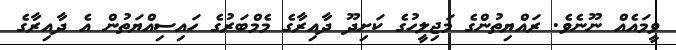
ވީމައެއް ނޫނެވެ. ރައްޔިތުންގެ މަޖިލީހުގެ ކަށިދޫ ދާއިރާގެ މެމްބަރުގެ ހައިސިއްޔަތުން އެ ދާއިރާގެ